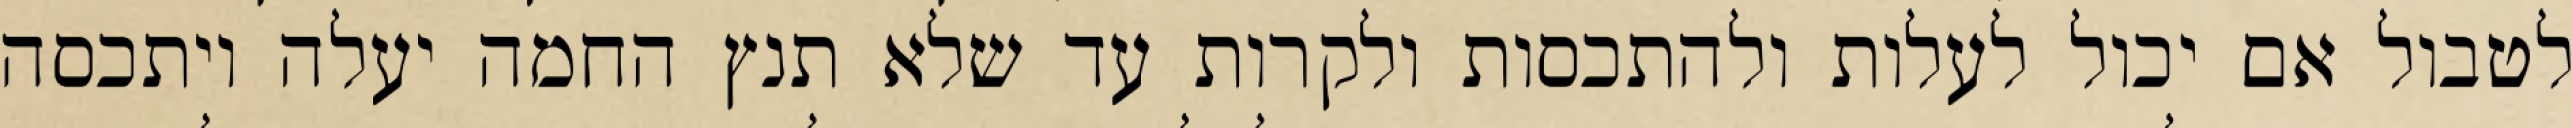
לטבול אם יכול לעלות ולהתכסות ולקרות עד שלא תנץ החמה יעלה ויתכסה